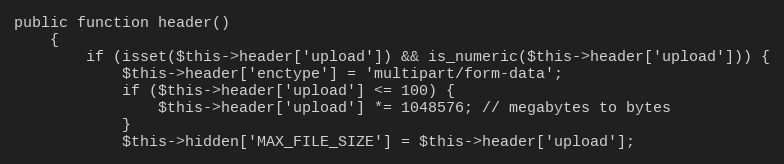
Language: PHP
public function header()
    {
        if (isset($this->header['upload']) && is_numeric($this->header['upload'])) {
            $this->header['enctype'] = 'multipart/form-data';
            if ($this->header['upload'] <= 100) {
                $this->header['upload'] *= 1048576; // megabytes to bytes
            }
            $this->hidden['MAX_FILE_SIZE'] = $this->header['upload'];